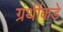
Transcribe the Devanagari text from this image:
ग्रंथींकडे